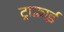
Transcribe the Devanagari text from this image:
ट्राफ़ाई